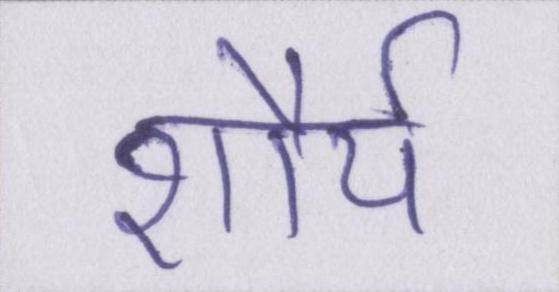
शौर्य